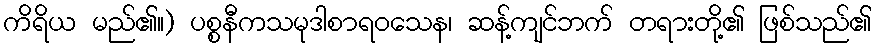
ကိရိယ မည်၏။) ပစ္စနီကသမုဒါစာရဝသေန၊ ဆန့်ကျင်ဘက် တရားတို့၏ ဖြစ်သည်၏